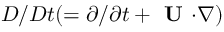
D / D t ( = \partial / \partial t + { \textbf { U } } { \boldsymbol { \cdot } } { \boldsymbol { \nabla } } )